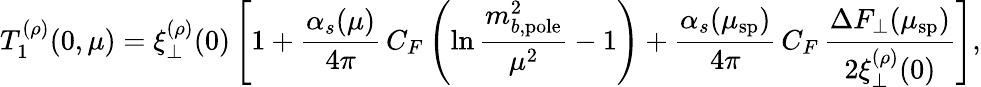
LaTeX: T_{1}^{(\rho)}(0,\mu)=\xi_{\perp}^{(\rho)}(0)\left[1+\frac{\alpha_{s}(\mu)}{4\pi}\, C_{F}\left(\ln\frac{m_{b,\mathrm{pole}}^{2}}{\mu^{2}}-1\right)+\frac{\alpha_{s}(\mu_{\mathrm{sp}})}{4\pi}\, C_{F}\, \frac{\Delta F_{\perp}(\mu_{\mathrm{sp}})}{2\xi_{\perp}^{(\rho)}(0)}\right],